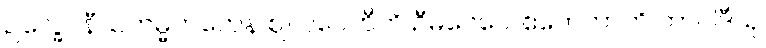
ဥက္ခေပနီယကမ္မကတေန ဈလပေဟီတိ ဦမိဝေဂေါ ဧကေကာတိ ဘာဝါဒီသု